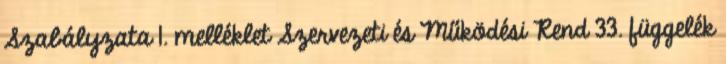
Szabályzata 1. melléklet Szervezeti és Működési Rend 33. függelék